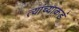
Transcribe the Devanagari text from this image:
त्यांच्याकडं